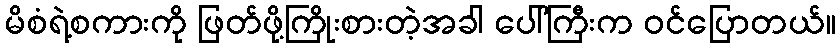
မိစံရဲ့စကားကို ဖြတ်ဖို့ကြိုးစားတဲ့အခါ ပေါ်ကြီးက ဝင်ပြောတယ်။